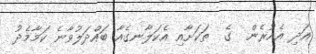
އަދި އެއުރެން  ގެ  ތަކަށާއި އެކަލާނގެއާ ބައްދަލުވާނެ ކަމާމެދު